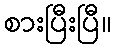
စားပြီးပြီ။